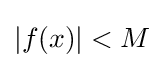
|f(x)|<M